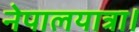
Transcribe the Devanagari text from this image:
नेपालयात्रा।